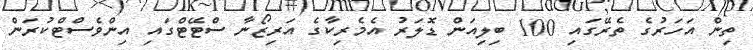
ތިން އަހަރުގެ ތެރޭގައި 100 ބިލިއަން ޑޮލަރު އެމެރިކާގެ އަރިޒޯނާ ސްޓޭޓްގައި އިންވެސްޓްކުރަން